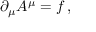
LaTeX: \partial _ { \mu } A ^ { \mu } = f \, ,